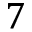
7